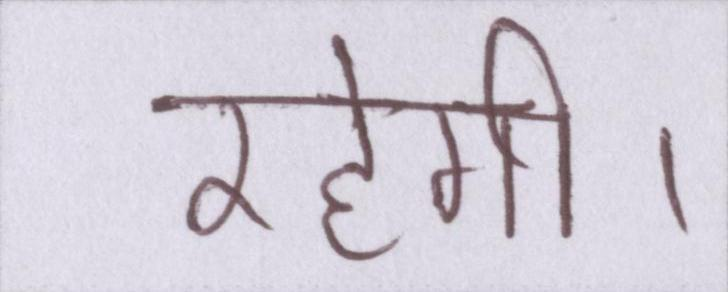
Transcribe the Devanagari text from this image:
रहेगी।